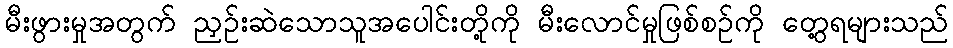
မီးဖွားမှုအတွက် ညှဉ်းဆဲသောသူအပေါင်းတို့ကို မီးလောင်မှုဖြစ်စဉ်ကို တွေ့ရများသည်